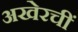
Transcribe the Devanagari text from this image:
अखेरचीं